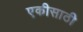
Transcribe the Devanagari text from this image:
एकीसाठी